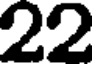
22